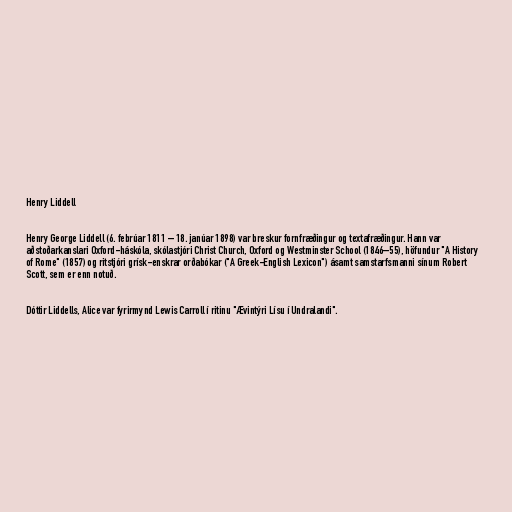
Henry Liddell

Henry George Liddell (6. febrúar 1811 – 18. janúar 1898) var breskur fornfræðingur og textafræðingur. Hann var
aðstoðarkanslari Oxford-háskóla, skólastjóri Christ Church, Oxford og Westminster School (1846–55), höfundur "A History
of Rome" (1857) og ritstjóri grísk-enskrar orðabókar ("A Greek-English Lexicon") ásamt samstarfsmanni sínum Robert
Scott, sem er enn notuð.

Dóttir Liddells, Alice var fyrirmynd Lewis Carroll í ritinu "Ævintýri Lísu í Undralandi".